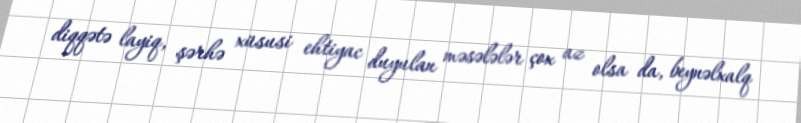
diqqətə layiq, şərhə xüsusi ehtiyac duyulan məsələlər çox az olsa da, beynəlxalq